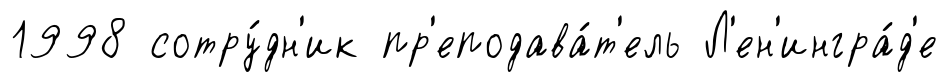
1998 сотру́дн'ик пр'еподава́т'ель Л'ен'ингра́д'е